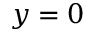
y = 0